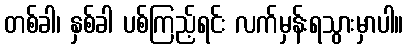
တစ်ခါ၊ နှစ်ခါ ပစ်ကြည့်ရင်း လက်မှန်းရသွားမှာပါ။